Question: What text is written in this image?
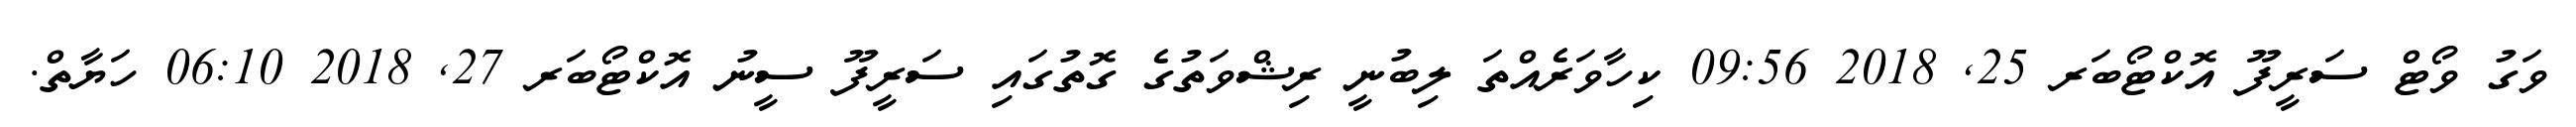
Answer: ވަގު ވޯޓް ސަރީފޫ އޮކްޓޯބަރ 25, 2018 09:56 ކިހާވަރެއްތަ ލިބުނީ ރިޝްވަތުގެ ގޮތުގައި ސަރީފޫ ސީނު އޮކްޓޯބަރ 27, 2018 06:10 ހަޔާތް.